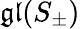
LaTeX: {\mathfrak{gl}}(S_{\pm})